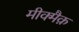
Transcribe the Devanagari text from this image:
मीक्मैक़